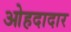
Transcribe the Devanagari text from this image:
ओहदादार